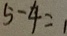
5 - 4 = 1